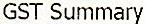
GST SUMMARY